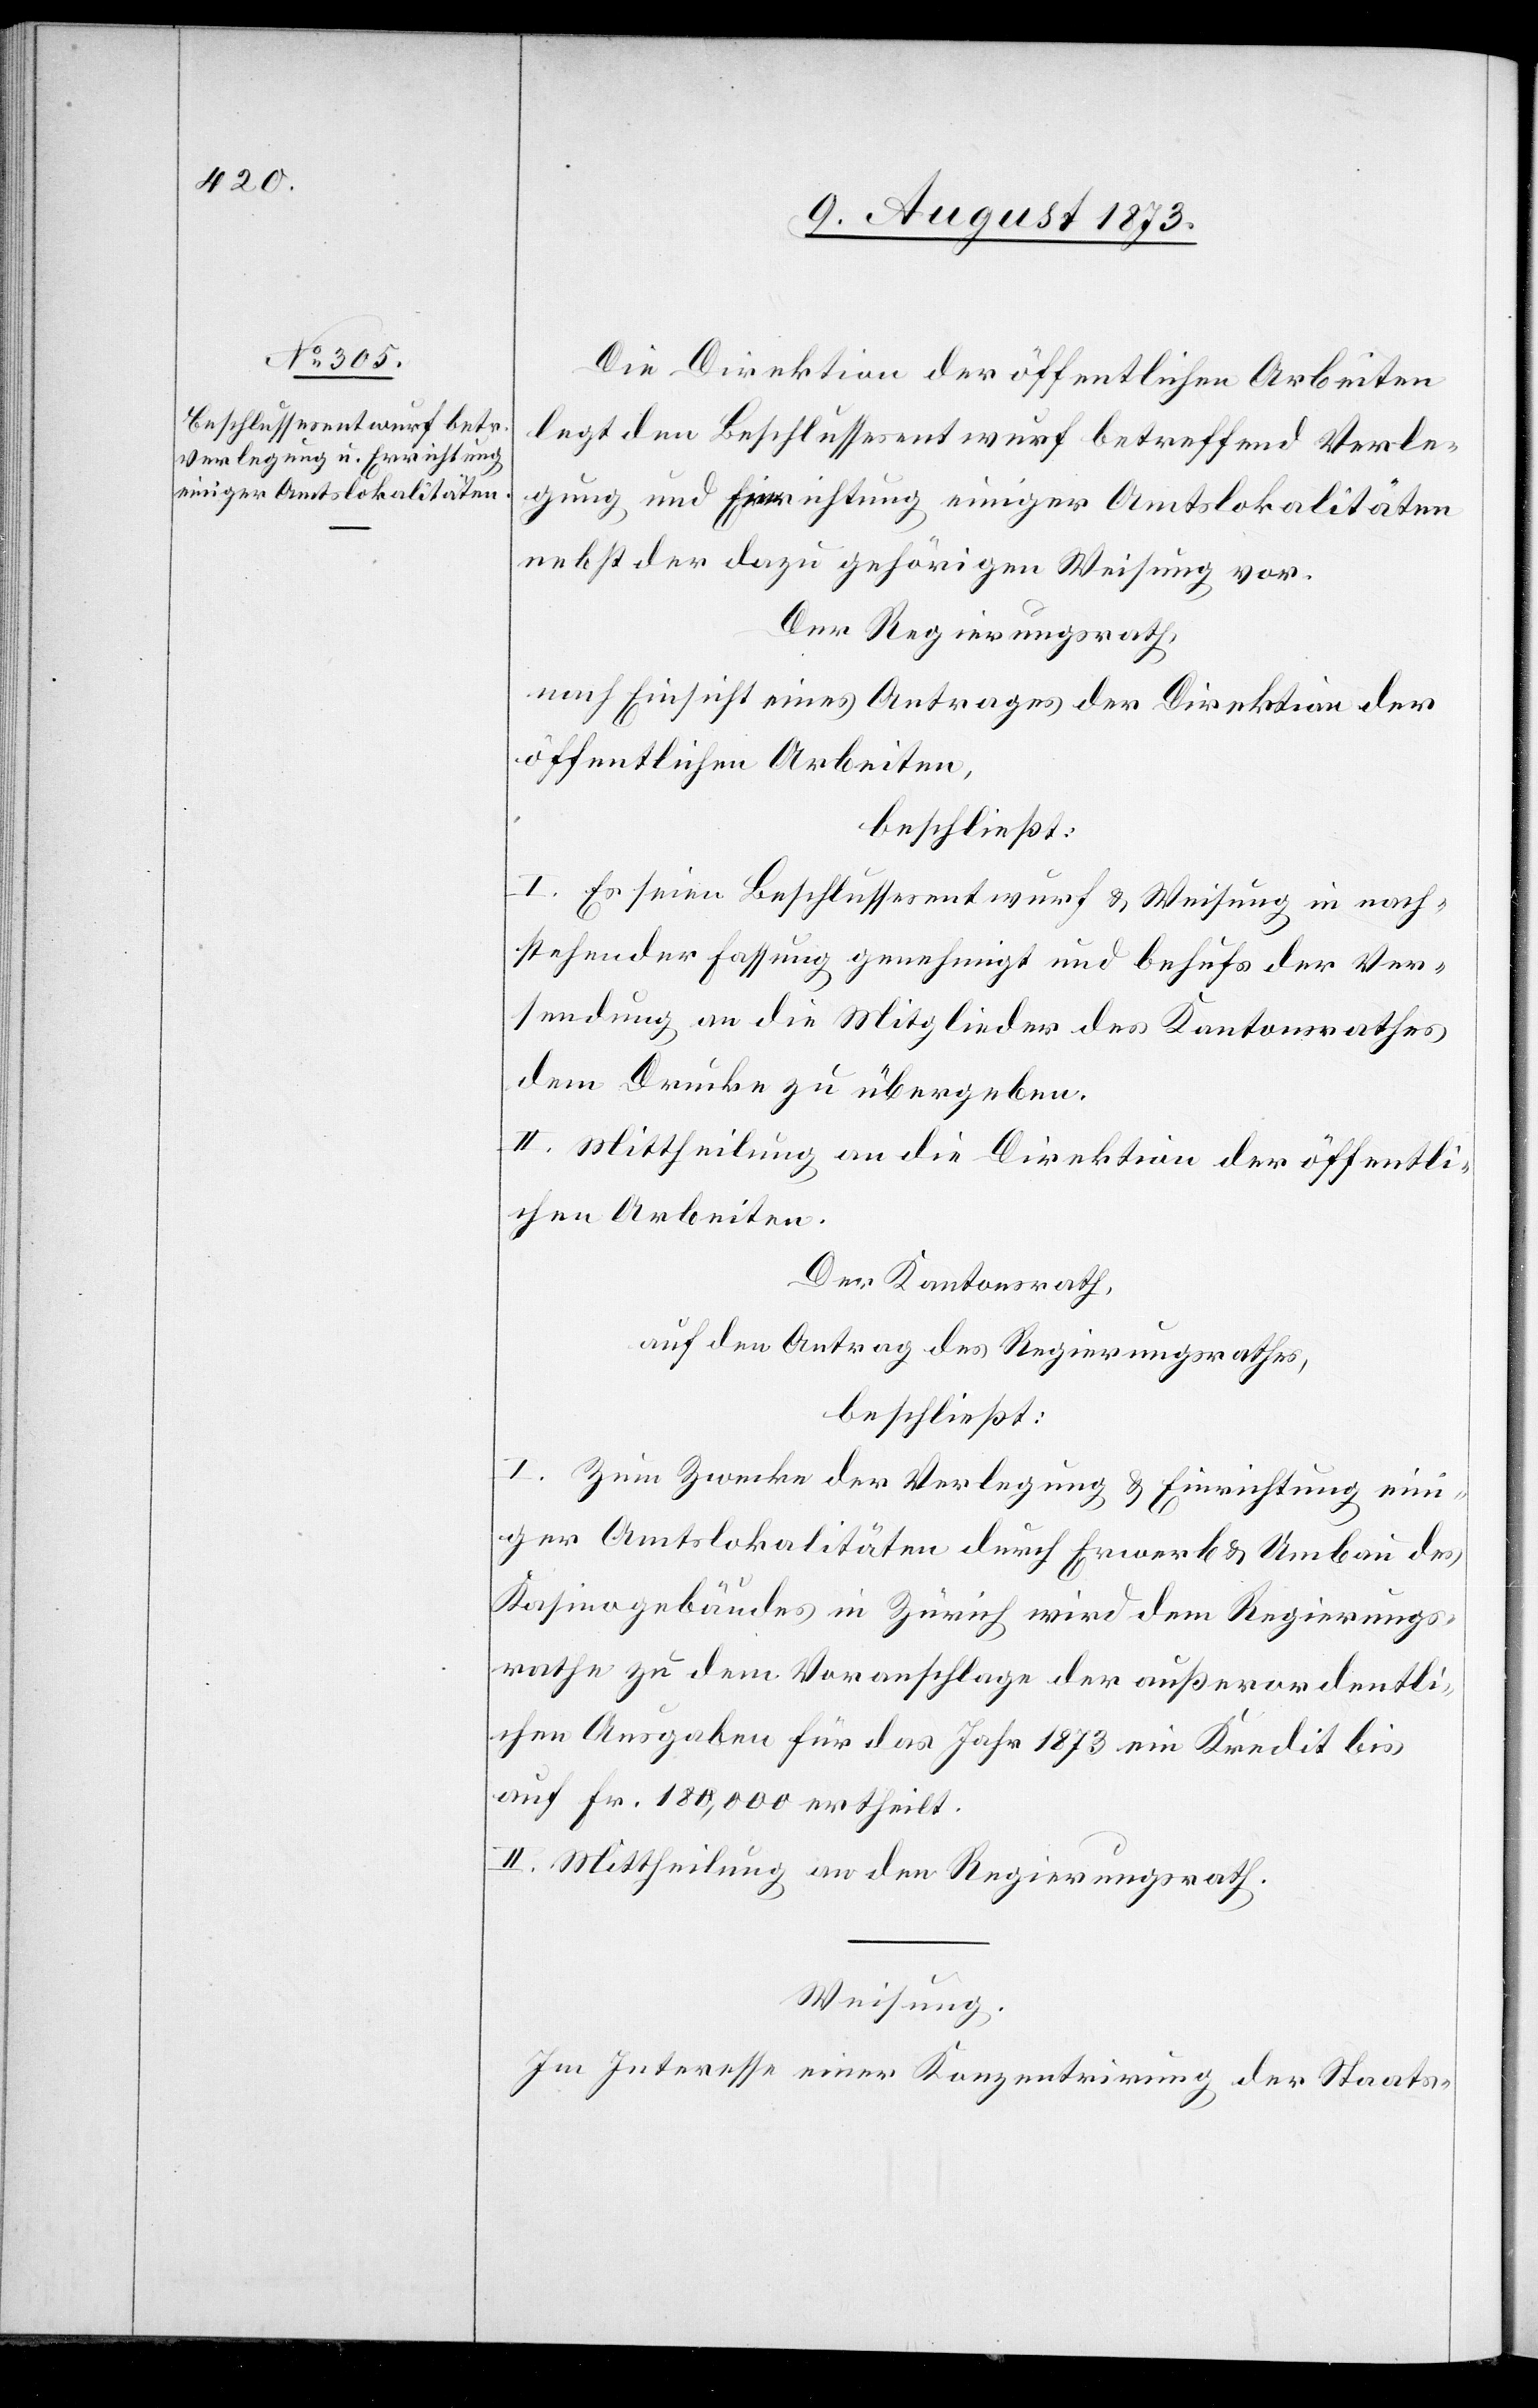
Die Direktion der öffentlichen Arbeiten
legt den Beschlussesentwurf betreffend Verle¬
gung und Einrichtung einiger Amtslokalitäten
nebst der dazu gehörigen Weisung vor.
Der Regierungsrath,
nach Einsicht eines Antrages der Direktion der
öffentlichen Arbeiten,
beschließt:
I. Es seien Beschlussesentwurf & Weisung in nach¬
stehender Fassung genehmigt und behufs der Ver¬
sendung an die Mitglieder des Gemeindrathes
dem Drucke zu übergeben.
II. Mittheilung an die Direktion der öffentli¬
chen Arbeiten.
Der Kantonsrath,
auf den Antrag des Regierungsrathes,
beschließt:
I. Zum Zwecke der Verlegung & Einrichtung ein¬
iger Amtslokalitäten durch Erwerb & Umbau des
Kasinogebäudes in Zürich wird dem Regierungs¬
rathe zu dem Voranschlage der außerordentli¬
chen Ausgaben für das Jahr 1873 ein Kredit bis
auf Fr. 180,000 ertheilt.
II. Mittheilung an den Regierungsrath.
Weisung.
Im Interesse einer Konzentrierung der Staats-